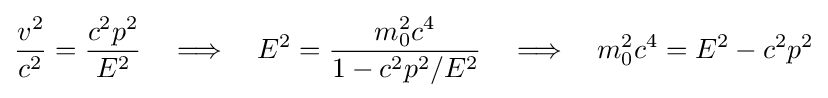
{\frac {v^{2}}{c^{2}}}={\frac {c^{2}p^{2}}{E^{2}}}\quad \Longrightarrow \quad E^{2}={\frac {m_{0}^{2}c^{4}}{1-c^{2}p^{2}/E^{2}}}\quad \Longrightarrow \quad m_{0}^{2}c^{4}=E^{2}-c^{2}p^{2}